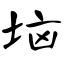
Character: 垴